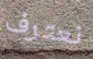
نعترف